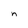
Character: n